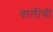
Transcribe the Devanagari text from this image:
वालीची